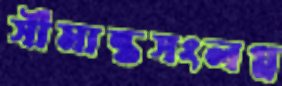
সীমান্তসংলগ্ন